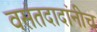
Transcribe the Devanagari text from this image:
वसंतदादांनीच